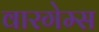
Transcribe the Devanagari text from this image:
वारगेम्स